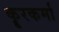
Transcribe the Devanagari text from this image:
कॄरकर्मा